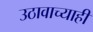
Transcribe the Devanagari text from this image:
उठावाच्याही